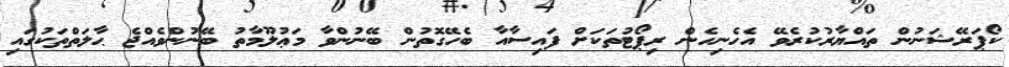
ކޯޕަރޭޝަނުން ތައްޔާރުކުރެވޭ އެހެނިހެން ރިޕޯޓުތަކަށް ފައިސާއާ ބެހޭގޮތުން ބޭނުންވާ މަޢުލޫމާތު ބޭނުންވެއްޖެ ޙާލަތްތަކުގައި